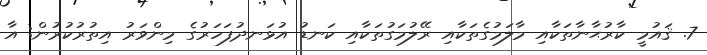
7. ޤައުމީ ކާރުޙާނާތަކާއި މާލަމުގެތަކާއި ރޭލުމަގުތަކާއި ކަނޑު އުޅަނދުފަހަރުގެ މިންވަރު އިތުރުކުރުން; އާ